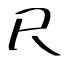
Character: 尺